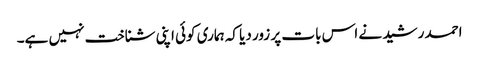
احمد رشید نے اس بات پر زور دیا کہ ہماری کوئی اپنی شناخت نہیں ہے۔